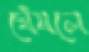
ঘেঁষলে